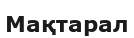
Мақтарал